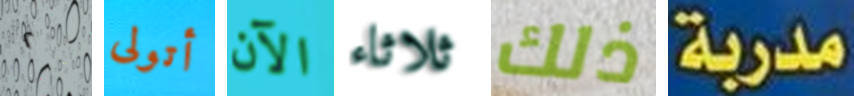
٢ أتولى الآن ثلاثاء ذلك مدربة